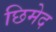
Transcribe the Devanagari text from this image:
छिमेद